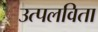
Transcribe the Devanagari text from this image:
उत्पलविता